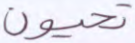
تحيون